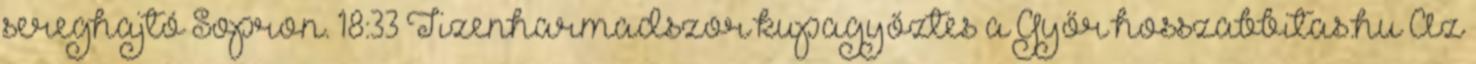
sereghajtó Sopron. 18:33 Tizenharmadszor kupagyőztes a Győr hosszabbitas.hu Az